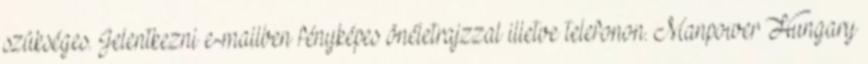
szükséges. Jelentkezni e-mailben fényképes önéletrajzzal illetve telefonon. Manpower Hungary